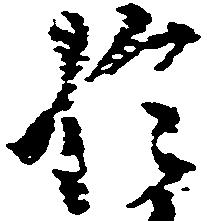
於